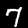
Label: 7